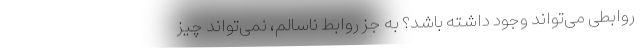
روابطی می‌تواند وجود داشته باشد؟ به جز روابط ناسالم، نمی‌تواند چیز